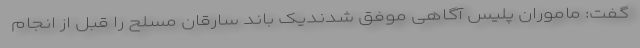
گفت: ماموران پلیس آگاهی موفق شدندیک باند سارقان مسلح را قبل از انجام